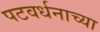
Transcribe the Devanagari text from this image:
पटवर्धनाच्या